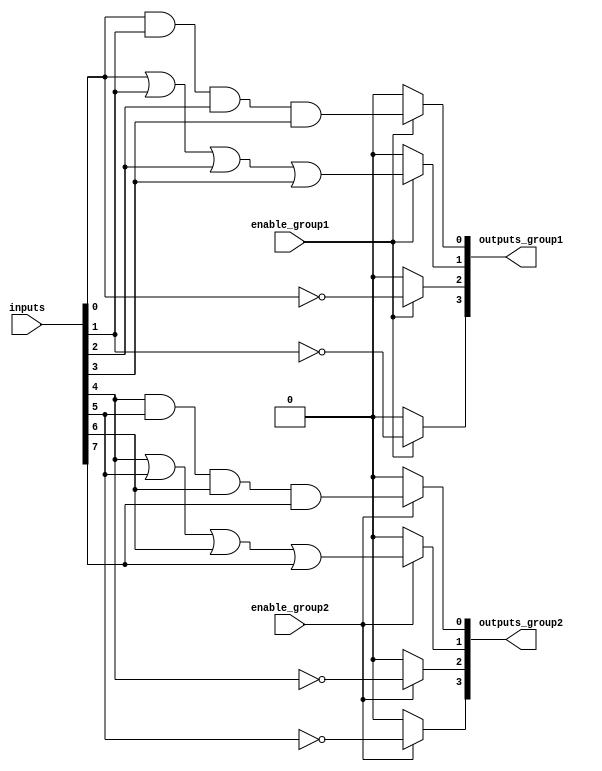
module adjacency_groups (
    input wire [7:0] inputs,       // 8 binary inputs
    input wire enable_group1,       // Control signal to enable group 1
    input wire enable_group2,       // Control signal to enable group 2
    output wire [3:0] outputs_group1, // Outputs for group 1
    output wire [3:0] outputs_group2  // Outputs for group 2
);

// Group 1: inputs[3:0]
wire [3:0] group1_inputs = inputs[3:0];
wire group1_and = enable_group1 ? (group1_inputs[0] & group1_inputs[1] & group1_inputs[2] & group1_inputs[3]) : 0;
wire group1_or  = enable_group1 ? (group1_inputs[0] | group1_inputs[1] | group1_inputs[2] | group1_inputs[3]) : 0;
wire group1_not0 = enable_group1 ? ~group1_inputs[0] : 0;
wire group1_not1 = enable_group1 ? ~group1_inputs[1] : 0;

// Assign outputs for group 1
assign outputs_group1 = {group1_not1, group1_not0, group1_or, group1_and};

// Group 2: inputs[7:4]
wire [3:0] group2_inputs = inputs[7:4];
wire group2_and = enable_group2 ? (group2_inputs[0] & group2_inputs[1] & group2_inputs[2] & group2_inputs[3]) : 0;
wire group2_or  = enable_group2 ? (group2_inputs[0] | group2_inputs[1] | group2_inputs[2] | group2_inputs[3]) : 0;
wire group2_not0 = enable_group2 ? ~group2_inputs[0] : 0;
wire group2_not1 = enable_group2 ? ~group2_inputs[1] : 0;

// Assign outputs for group 2
assign outputs_group2 = {group2_not1, group2_not0, group2_or, group2_and};

endmodule